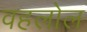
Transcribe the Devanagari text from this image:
वहलोल